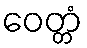
ဝေတ္တံ